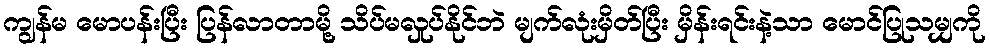
ကျွန်မ မောပန်းပြီး ပြန်လာတာမို့ သိပ်မလှုပ်နိုင်ဘဲ မျက်လုံးမှိတ်ပြီး မှိန်းရင်းနဲ့သာ မောင်ပြုသမျှကို